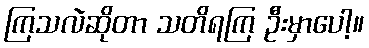
ကြသလဲဆိုတာ သတိရကြ ဦးမှာပေါ့။